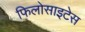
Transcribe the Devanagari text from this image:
फिलोसाइटेस